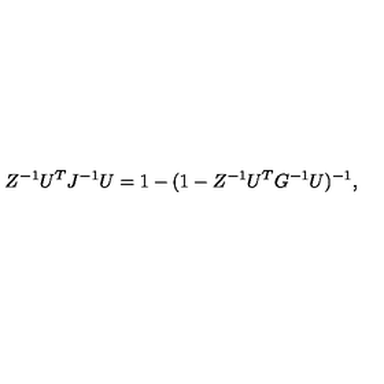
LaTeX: Z ^ { - 1 } U ^ { T } J ^ { - 1 } U = 1 - ( 1 - Z ^ { - 1 } U ^ { T } G ^ { - 1 } U ) ^ { - 1 } ,